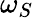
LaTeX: \omega_{S}